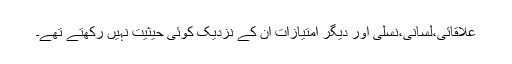
علاقائی،لسانی،نسلی اور دیگر امتیازات ان کے نزدیک کوئی حیثیت نہیں رکھتے تھے۔